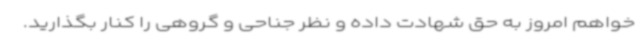
خواهم امروز به حق شهادت داده و نظر جناحی و گروهی را کنار بگذارید.